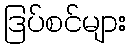
ဒြပ်စင်များ